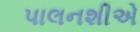
પાલનશીએ